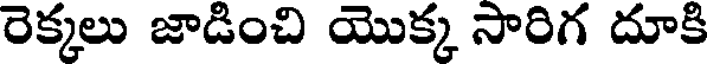
రెక్కలు జాడించి యొక్క సారిగ దూకి